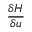
\frac { \delta H } { \delta u }